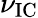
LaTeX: \nu_{\mathrm{IC}}